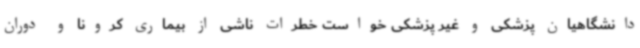
دانشگاهیان پزشکی و غیر پزشکی خواست خطرات ناشی از بیماری کرونا و دوران